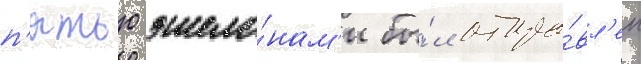
п'ятью эшело́нам'и бы́л отпра́вл'ен